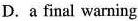
D. a final warning